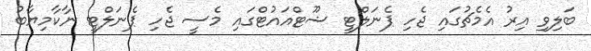
ބަލިވި އިރު އެމެޗުގައި ޖެހި ޕެނަލްޓީ ޝޫޓްއައުޓްގައި މެސީ ޖެހި ޕެނަލްޓީ ނާކާމިޔާބު